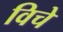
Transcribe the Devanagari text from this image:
विचे